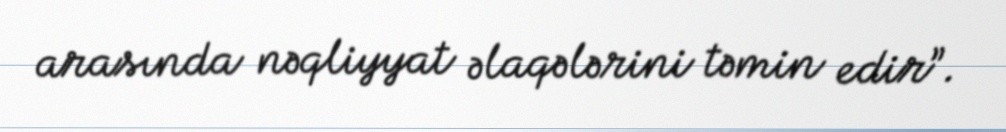
arasında nəqliyyat əlaqələrini təmin edir”.